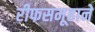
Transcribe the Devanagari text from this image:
रीफसमूहाने